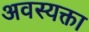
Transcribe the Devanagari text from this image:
अवस्यक्ता